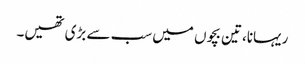
ریہانا، تین بچوں میں سب سے بڑی تھیں۔